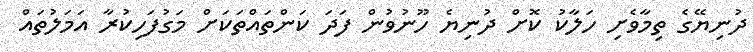
ދުނިޔޭގެ ތިމާވެށި ހަލާކު ކޮށް ދުނިޔެ ހޫނުވުން ފަދަ ކަންތައްތަކަށް މަގުފަހިކުރާ އަމަލުތައް